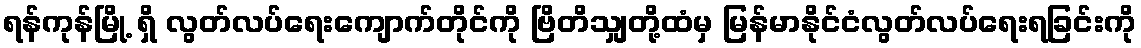
ရန်ကုန်မြို့ ရှိ လွတ်လပ်ရေးကျောက်တိုင်ကို ဗြိတိသျှတို့ထံမှ မြန်မာနိုင်ငံလွတ်လပ်ရေးရခြင်းကို